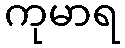
ကုမာရ